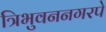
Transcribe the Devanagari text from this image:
त्रिभुवननगरपे